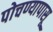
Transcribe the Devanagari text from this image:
पोचण्यापासू